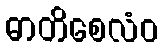
ဓာတိစေလံဝ